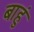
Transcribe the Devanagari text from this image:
बाहुं